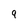
Character: 9